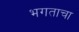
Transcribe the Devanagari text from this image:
भगताचा